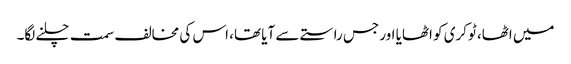
میں اٹھا، ٹوکری کو اٹھایا اور جس راستے سے آیا تھا، اس کی مخالف سمت چلنے لگا۔